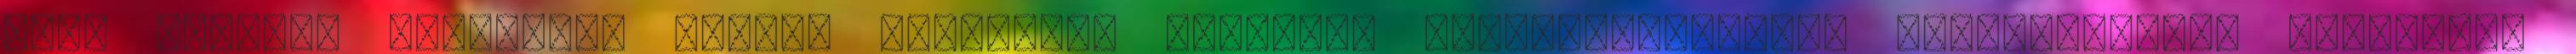
volt szovjet szatellit ország államfője megalázó szervilizmusával hasonlóképpen lejáratná